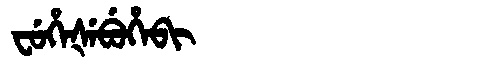
Manchu: ᠸᡠᡥᡝᡧᡝᠪᡠᡥᡝᠪᡳ
Romanization: FUHEŠEBUHEBI